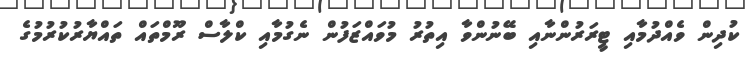
ކުދިން ވެއްދުމާއި ޓީރަރުންނާއި ބޭނުންވާ އިތުރު މުވައްޒަފުން ނެގުމާއި ކްލާސް ރޫމްތައް ތައްޔާރުކުރުމުގެ